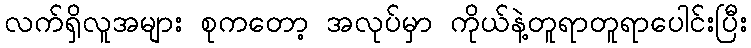
လက်ရှိလူအများ စုကတော့ အလုပ်မှာ ကိုယ်နဲ့တူရာတူရာပေါင်းပြီး